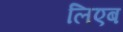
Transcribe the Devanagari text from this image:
लिएब